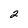
Character: 2